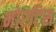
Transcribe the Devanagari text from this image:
मोरटिस